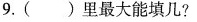
9.()里最大能填几?